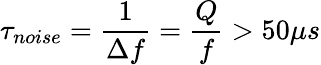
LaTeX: \tau_{noise}=\frac{1}{\Delta f}=\frac{Q}{f}>50\mu s